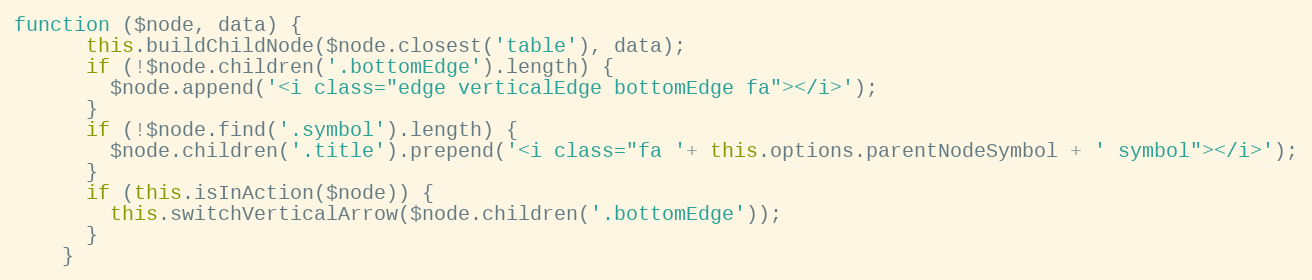
Language: JavaScript
function ($node, data) {
      this.buildChildNode($node.closest('table'), data);
      if (!$node.children('.bottomEdge').length) {
        $node.append('<i class="edge verticalEdge bottomEdge fa"></i>');
      }
      if (!$node.find('.symbol').length) {
        $node.children('.title').prepend('<i class="fa '+ this.options.parentNodeSymbol + ' symbol"></i>');
      }
      if (this.isInAction($node)) {
        this.switchVerticalArrow($node.children('.bottomEdge'));
      }
    }